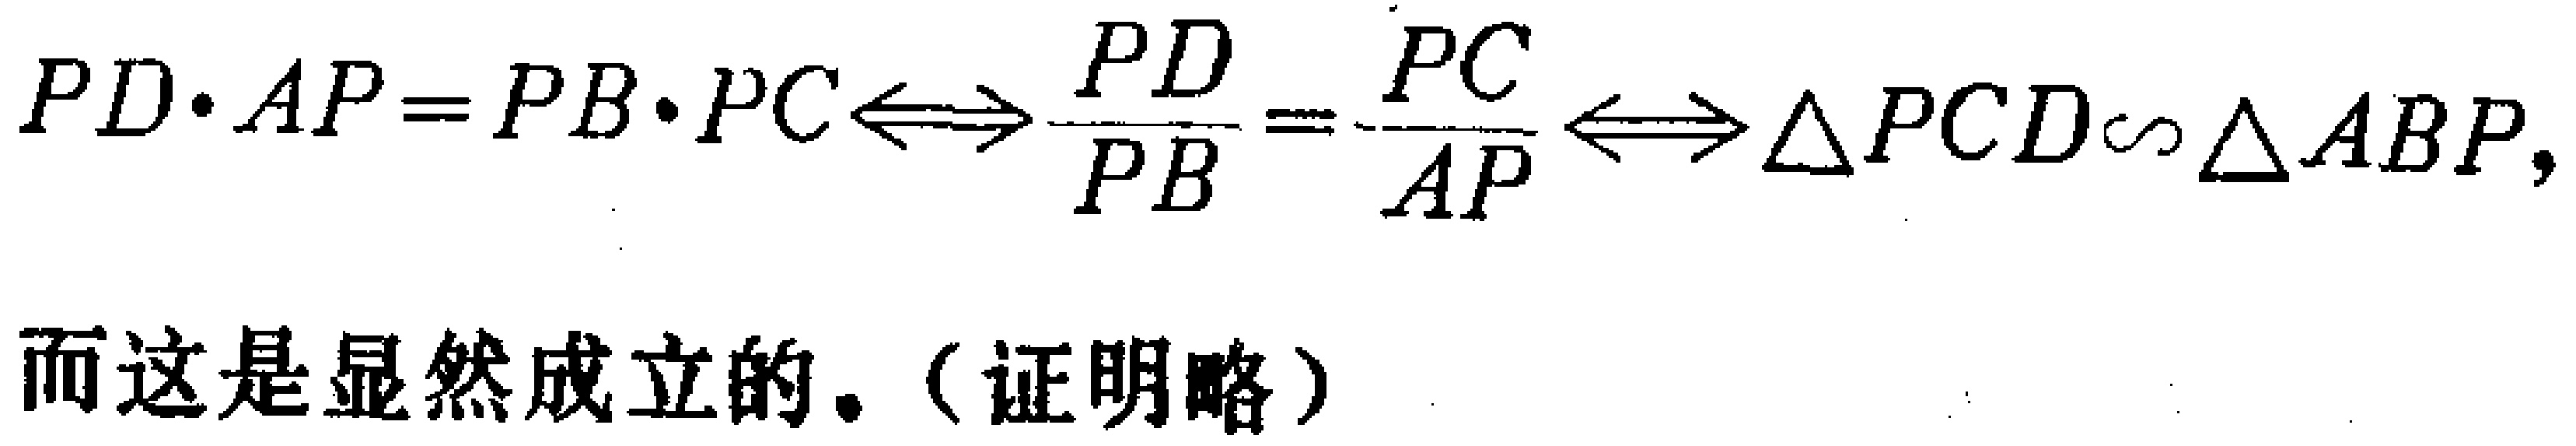
\[
PD\cdot AP = PB\cdot PC\Longleftrightarrow\frac{PD}{PB}=\frac{PC}{AP}\Longleftrightarrow\triangle PCD\sim\triangle ABP,
\]
而这是显然成立的。（证明略）